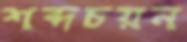
শব্দচয়ন